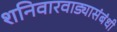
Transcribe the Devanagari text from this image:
शनिवारवाड्यासंबंधी